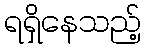
ရရှိနေသည့်